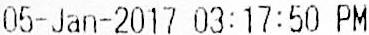
05-JAN-2017 03:17:50 PM